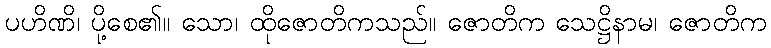
ပဟိဏိ၊ ပို့စေ၏။ သော၊ ထိုဇောတိကသည်။ ဇောတိက သေဋ္ဌိနာမ၊ ဇောတိက